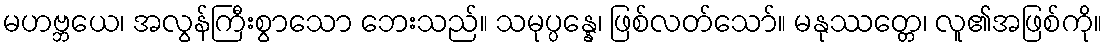
မဟဗ္ဘယေ၊ အလွန်ကြီးစွာသော ဘေးသည်။ သမုပ္ပန္နေ၊ ဖြစ်လတ်သော်။ မနုဿတ္တေ၊ လူ၏အဖြစ်ကို။